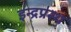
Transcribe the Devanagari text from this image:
इन्‍द्रप्रस्‍थ